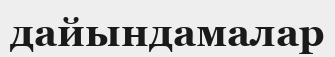
дайындамалар